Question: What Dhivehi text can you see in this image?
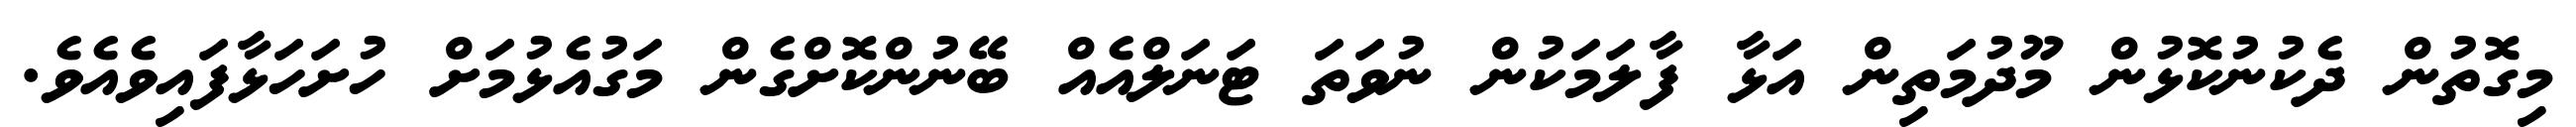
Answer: މިގޮތުން ދެކުނުކޮޅުން މޫދުމަތިން އަޅާ ފާލަމަކުން ނުވަތަ ޓަނަލްއެއް ބޭނުންކޮށްގެން މަގުއެޅުމަށް ހުށަހަޅާފައިވެއެވެ.